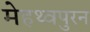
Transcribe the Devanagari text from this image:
मेहथ्वपुरन